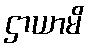
ဌာယာမိ